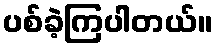
ပစ်ခဲ့ကြပါတယ်။